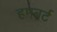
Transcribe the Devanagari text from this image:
हमबर्ट